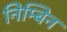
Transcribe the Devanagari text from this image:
निम्बिन